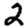
Digit: 2